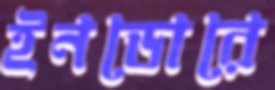
ইনডোরে